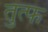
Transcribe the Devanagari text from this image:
तुत्फ